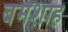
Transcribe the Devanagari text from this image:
बमशाह